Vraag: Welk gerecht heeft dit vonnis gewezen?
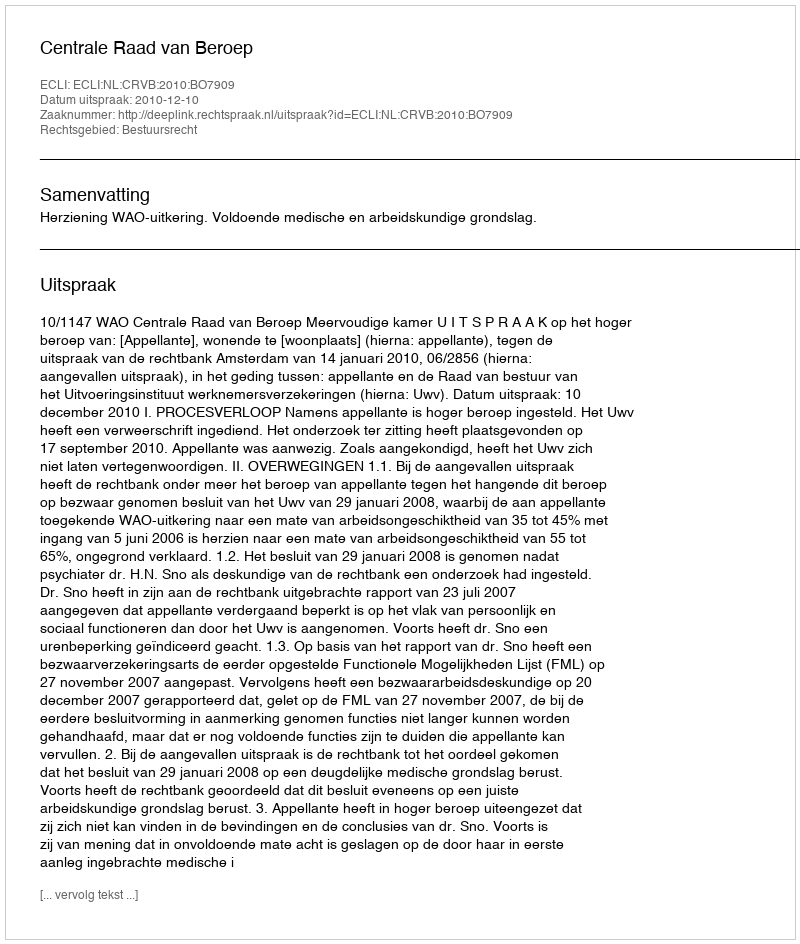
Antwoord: Centrale Raad van Beroep